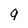
Character: g